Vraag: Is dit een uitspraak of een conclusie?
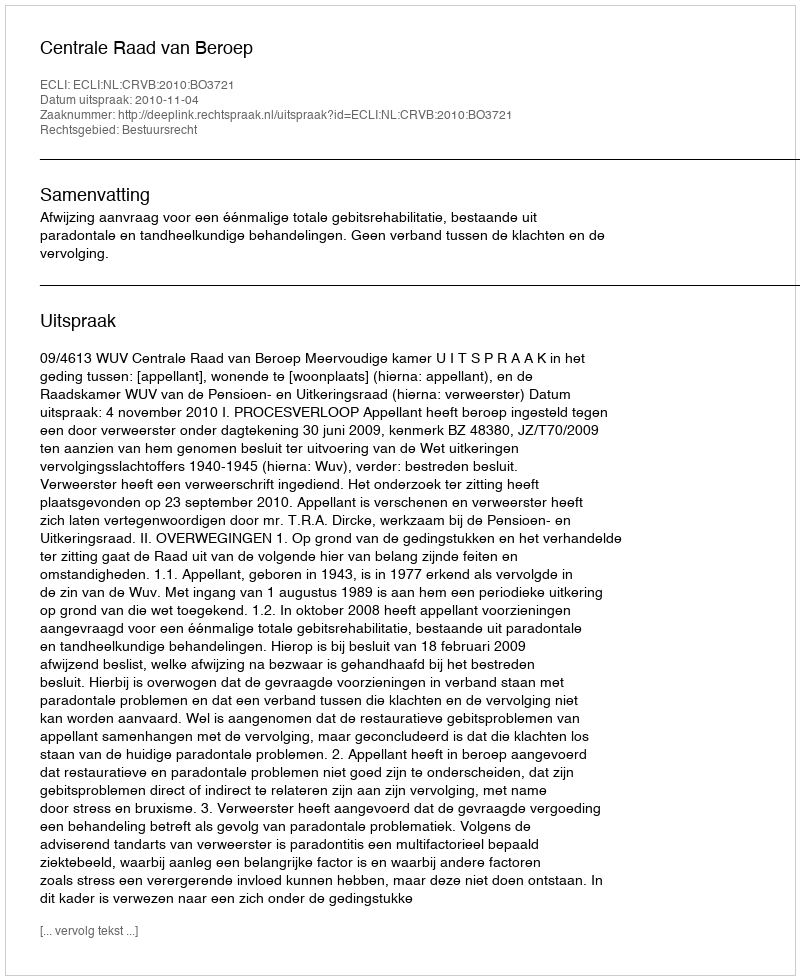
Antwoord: Uitspraak